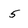
Character: 5